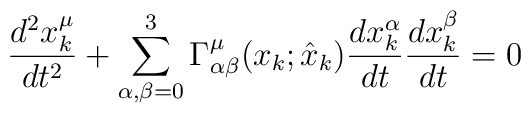
\frac{d^{2}x_{k}^{\mu }}{dt^{2}} +\sum_{\alpha ,\beta = 0}^{3} \Gamma_{\alpha \beta }^{\mu }(x_{k};\hat{x}_{k} )\frac{dx_{k}^{\alpha }}{dt} \frac{dx_{k}^{\beta }}{dt} = 0